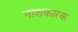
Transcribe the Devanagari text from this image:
नाशकारक